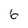
Character: 6